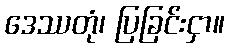
ဒေဿတုံ၊ ပြခြင်းငှာ။